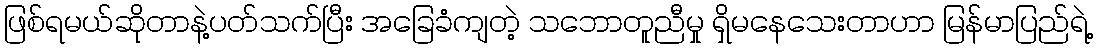
ဖြစ်ရမယ်ဆိုတာနဲ့ပတ်သက်ပြီး အခြေခံကျတဲ့ သဘောတူညီမှု ရှိမနေသေးတာဟာ မြန်မာပြည်ရဲ့